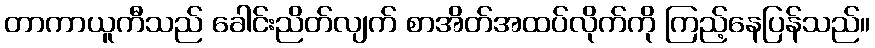
တာကာယူကီသည် ခေါင်းညိတ်လျက် စာအိတ်အထပ်လိုက်ကို ကြည့်နေပြန်သည်။